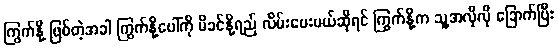
ကြွက်နို့ ဖြစ်တဲ့အခါ ကြွက်နို့ပေါ်ကို မိခင်နို့ရည် လိမ်းပေးမယ်ဆိုရင် ကြွက်နို့က သူ့အလိုလို ခြောက်ပြီး